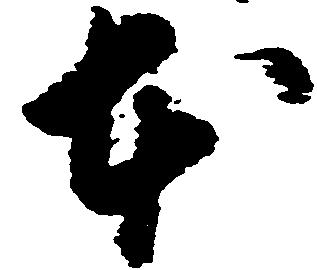
本